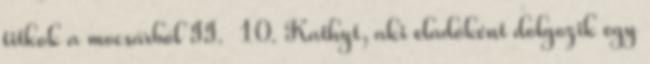
titkok a mocsárból II. 10. Kathyt, aki eladóként dolgozik egy